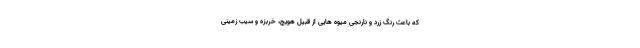
که باعث رنگ زرد و نارنجی میوه هایی از قبیل هویج، خربزه و سیب زمینی